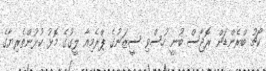
ކޯޗު ބްރެންޑަން ރޮޖާސް ބުނީ ހުސްވި ސީޒަނުގެ ޕްރެމިއާ ލީގުގެ މޮޅު ކުޅުންތެރިޔާގެ